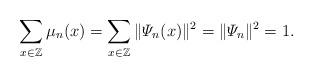
LaTeX: \begin{align*}\sum_{x\in\mathbb{Z}}\mu_n(x) = \sum_{x\in\mathbb{Z}}\|\varPsi_n(x)\|^2 = \|\varPsi_n\|^2 = 1.\end{align*}